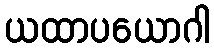
ယထာပယောဂါ